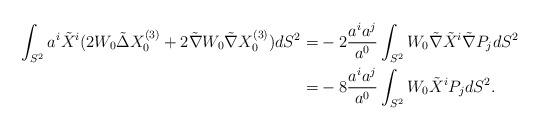
LaTeX: \begin{align*} \int_{S^2} a^i \tilde X^i ( 2W_0 \tilde \Delta X_0^{(3)} + 2 \tilde \nabla W_0 \tilde \nabla X_0^{(3)}) dS^2 =& -2 \frac{a^i a^j}{a^0} \int_{S^2} W_0 \tilde \nabla \tilde X^i \tilde \nabla P_j dS^2 \\=& - 8 \frac{a^i a^j}{a^0} \int_{S^2} W_0 \tilde X^i P_j dS^2.\end{align*}